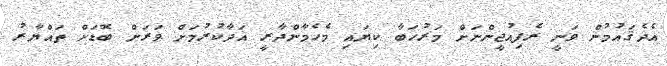
އެދެޤައުމުން ވަނީ ރެފިއުޖީންނަށް މަރުހަބާ ކިޔައި މެހެމާންދާރީ އަދާކުރުމަށް ވަރަށް ބޮޑަށް ތައްޔާރު